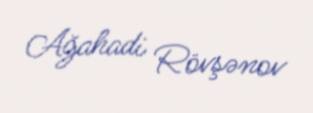
Ağahadi Rövşənov